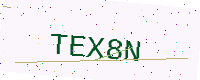
Text: TEX8N